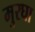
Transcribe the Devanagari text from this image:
मुरघा